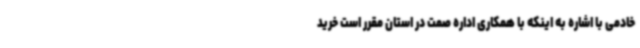
خادمی با اشاره به اینکه با همکاری اداره صمت در استان مقرر است خرید